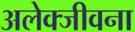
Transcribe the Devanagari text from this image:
अलेक्जीवना